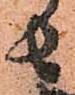
者